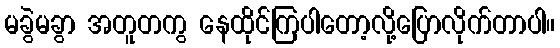
မခွဲမခွာ အတူတကွ နေထိုင်ကြပါတော့လို့ပြောလိုက်တာပါ။